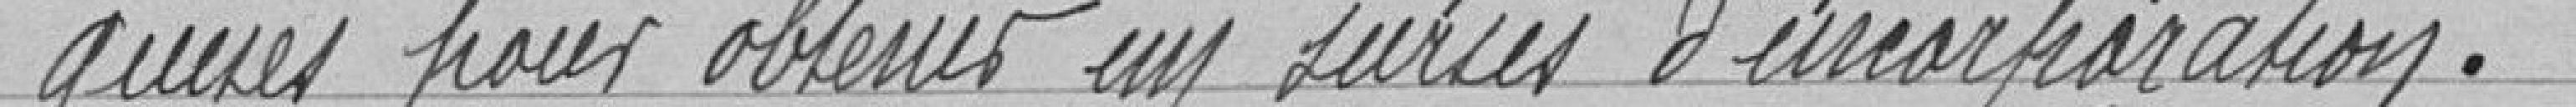
-quises pour obtenir un sursis d'incorporation.